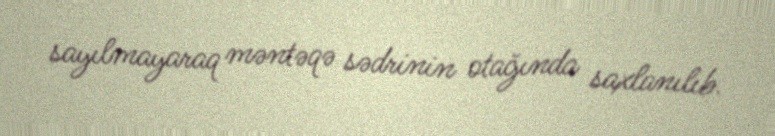
sayılmayaraq məntəqə sədrinin otağında saxlanılıb.